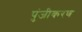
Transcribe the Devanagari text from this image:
पुंजीकरण